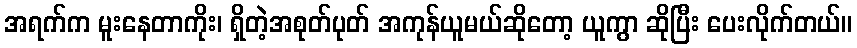
အရက်က မူးနေတာကိုး၊ ရှိတဲ့အစုတ်ပုတ် အကုန်ယူမယ်ဆိုတော့ ယူကွာ ဆိုပြီး ပေးလိုက်တယ်။